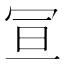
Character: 𭁴